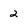
Character: 2